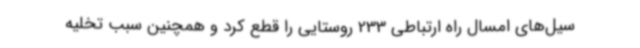
سیل‌های امسال راه ارتباطی 233 روستایی را قطع کرد و همچنین سبب تخلیه